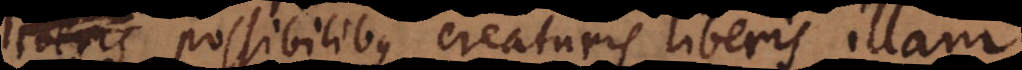
liberis possibilibus creaturis liberis illam